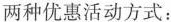
两种优惠活动方式：